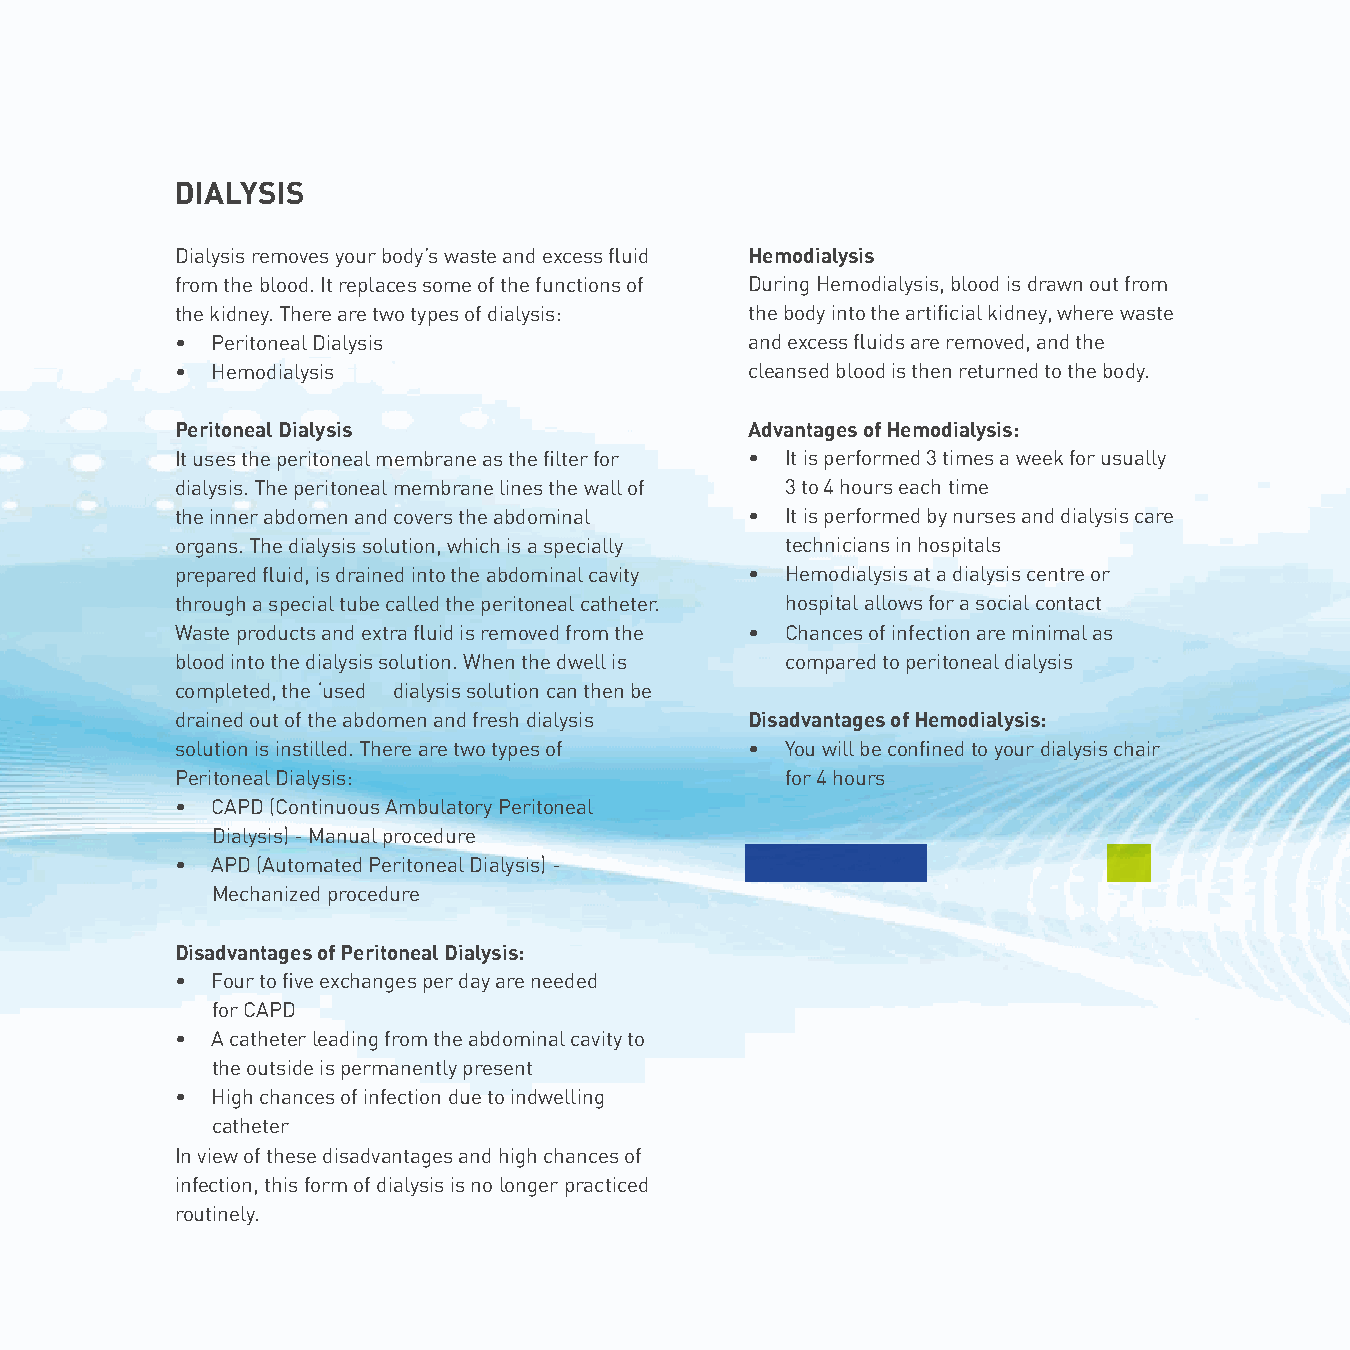
DIALYSIS
 Dialysis removes your body’s waste and excess fluid Hemodialysis
 from the blood. It replaces some of the functions of During Hemodialysis, blood is drawn out from
 the kidney. There are two types of dialysis: the body into the artificial kidney, where waste
 • Peritoneal Dialysis                 and excess fluids are removed, and the
 • Hemodialysis                        cleansed blood is then returned to the body.
 Peritoneal Dialysis                   Advantages of Hemodialysis:
 It uses the peritoneal membrane as the filter for • It is performed 3 times a week for usually
 dialysis. The peritoneal membrane lines the wall of 3 to 4 hours each time
 the inner abdomen and covers the abdominal • It is performed by nurses and dialysis care
 organs. The dialysis solution, which is a specially technicians in hospitals
 prepared fluid, is drained into the abdominal cavity • Hemodialysis at a dialysis centre or
 through a special tube called the peritoneal catheter. hospital allows for a social contact
 Waste products and extra fluid is removed from the • Chances of infection are minimal as
 blood into the dialysis solution. When the dwell is compared to peritoneal dialysis
 completed, the ‘used dialysis solution can then be
 drained out of the abdomen and fresh dialysis Disadvantages of Hemodialysis:
 solution is instilled. There are two types of • You will be confined to your dialysis chair
 Peritoneal Dialysis:                    for 4 hours
 • CAPD (Continuous Ambulatory Peritoneal
 Dialysis) - Manual procedure
 • APD (Automated Peritoneal Dialysis) -
 Mechanized procedure
 Disadvantages of Peritoneal Dialysis:
 • Four to five exchanges per day are needed
 for CAPD
 • A catheter leading from the abdominal cavity to
 the outside is permanently present
 • High chances of infection due to indwelling
 catheter
 In view of these disadvantages and high chances of
 infection, this form of dialysis is no longer practiced
 routinely.